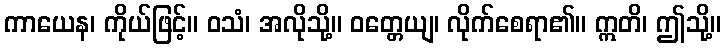
ကာယေန၊ ကိုယ်ဖြင့်။ ဝသံ၊ အလိုသို့။ ဝတ္တေယျ၊ လိုက်စေရာ၏။ ဣတိ၊ ဤသို့။